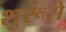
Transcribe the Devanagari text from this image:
शुरूसे